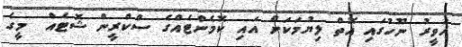
ހަވީރު ނޫހުގައި އޮތް ލިޔުމަކަށް އައި ކޮމެންޓެއްގެ ސްކްރީން ޝޮޓެއް  މީގެ